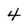
Character: 4